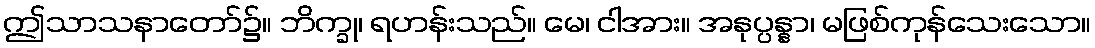
ဤသာသနာတော်၌။ ဘိက္ခု၊ ရဟန်းသည်။ မေ၊ ငါအား။ အနုပ္ပန္နာ၊ မဖြစ်ကုန်သေးသော။